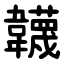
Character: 韤